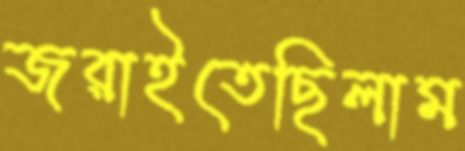
জরাইতেছিলাম